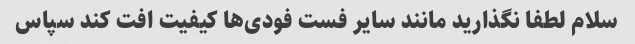
سلام لطفا نگذارید مانند سایر فست فودی‌ها کیفیت افت کند سپاس